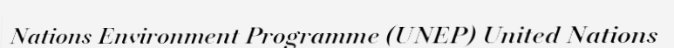
Nations Environment Programme (UNEP) United Nations